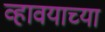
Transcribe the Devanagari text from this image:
व्हावयाच्या